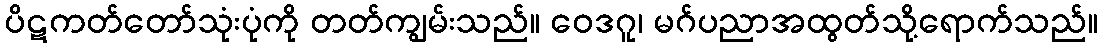
ပိဋကတ်တော်သုံးပုံကို တတ်ကျွမ်းသည်။ ဝေဒဂူ၊ မဂ်ပညာအထွတ်သို့ရောက်သည်။